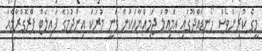
މީގެ ކުރިންވެސް ހޯނޑެއްދޫގައި އަމިއްލަ ޖަމިއްޔާއަކުން ވަނީ މުރަކަ އިންދުމުގެ ޕައިލެޓް ޕްރޮގްރާމެއް